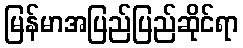
မြန်မာအပြည်ပြည်ဆိုင်ရာ